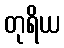
တုရိယ